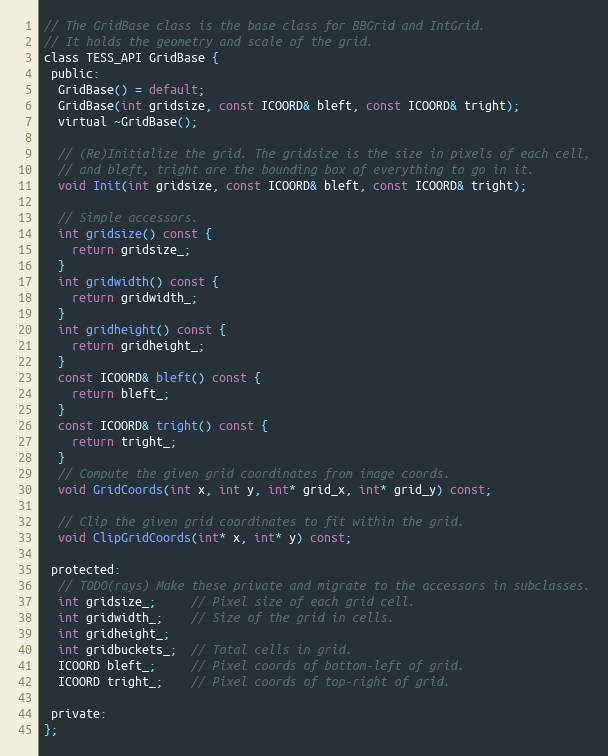
Language: C
// The GridBase class is the base class for BBGrid and IntGrid.
// It holds the geometry and scale of the grid.
class TESS_API GridBase {
 public:
  GridBase() = default;
  GridBase(int gridsize, const ICOORD& bleft, const ICOORD& tright);
  virtual ~GridBase();

  // (Re)Initialize the grid. The gridsize is the size in pixels of each cell,
  // and bleft, tright are the bounding box of everything to go in it.
  void Init(int gridsize, const ICOORD& bleft, const ICOORD& tright);

  // Simple accessors.
  int gridsize() const {
    return gridsize_;
  }
  int gridwidth() const {
    return gridwidth_;
  }
  int gridheight() const {
    return gridheight_;
  }
  const ICOORD& bleft() const {
    return bleft_;
  }
  const ICOORD& tright() const {
    return tright_;
  }
  // Compute the given grid coordinates from image coords.
  void GridCoords(int x, int y, int* grid_x, int* grid_y) const;

  // Clip the given grid coordinates to fit within the grid.
  void ClipGridCoords(int* x, int* y) const;

 protected:
  // TODO(rays) Make these private and migrate to the accessors in subclasses.
  int gridsize_;     // Pixel size of each grid cell.
  int gridwidth_;    // Size of the grid in cells.
  int gridheight_;
  int gridbuckets_;  // Total cells in grid.
  ICOORD bleft_;     // Pixel coords of bottom-left of grid.
  ICOORD tright_;    // Pixel coords of top-right of grid.

 private:
};